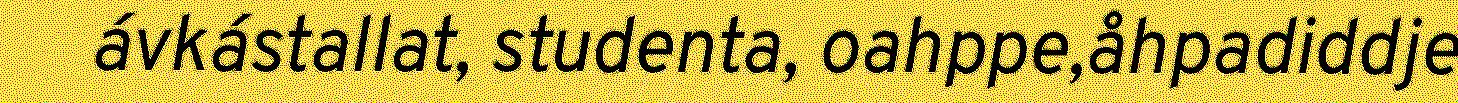
ávkástallat, studenta, oahppe,åhpadiddje